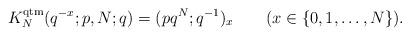
LaTeX: \begin{align*}K_N^{\rm qtm}(q^{-x};p,N;q)=(pq^N;q^{-1})_x\qquad(x\in\{0,1,\ldots,N\}).\end{align*}